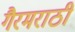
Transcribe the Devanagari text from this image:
गैरमराठी